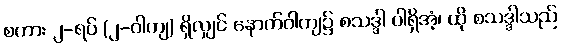
စကား ၂-ရပ် (၂-ဝါကျ) ရှိလျှင် နောက်ဝါကျ၌ စသဒ္ဒါ ပါရှိအံ့၊ ထို စသဒ္ဒါသည်